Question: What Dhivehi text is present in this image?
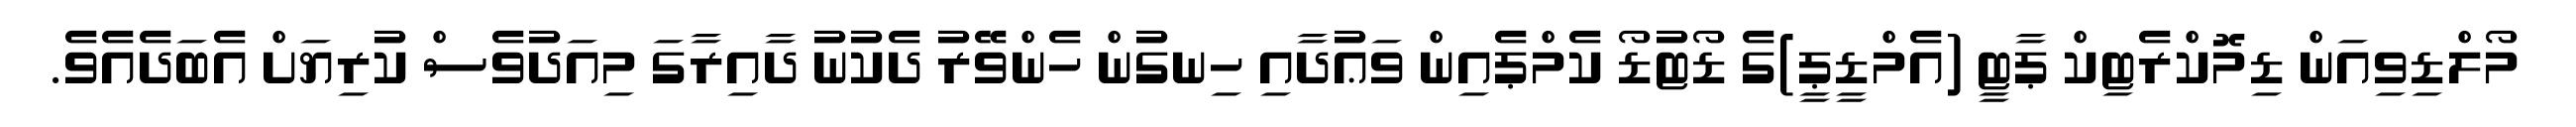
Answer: މޯލްޑިވިއަން ޑިމޮކްރެޓިކް ޕާޓީ (އެމްޑީޕީ)ގެ ޑޯޓުޑޯ ކެމްޕެއިން ވަޢުދާއި ހިނގުން ހެންވޭރު ދެކުނު ދާއިރާގަ މިއަދުވެސް ކުރިޔަށް އެބަދެއެވެ.